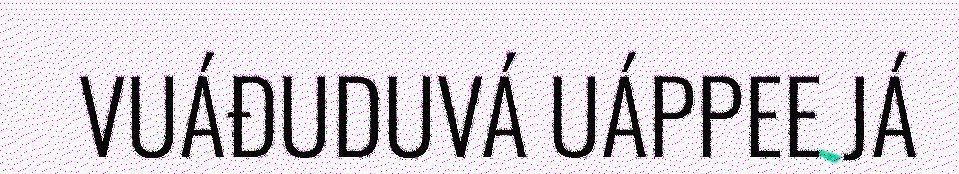
VUÁĐUDUVÁ UÁPPEE JÁ